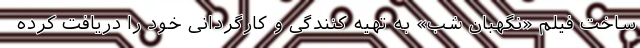
ساخت فیلم «نگهبان شب» به تهیه کنندگی و کارگردانی خود را دریافت کرده